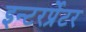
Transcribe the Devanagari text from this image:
इन्टरर्प्रेटर